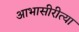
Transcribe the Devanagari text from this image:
आभासीरीत्या